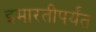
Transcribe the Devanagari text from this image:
इमारतीपर्यंत